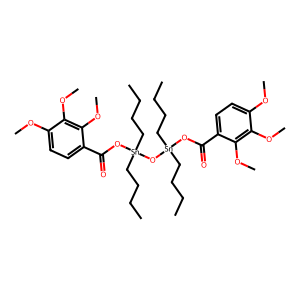
SMILES: CCCC[Sn](CCCC)(OC(=O)c1ccc(OC)c(OC)c1OC)O[Sn](CCCC)(CCCC)OC(=O)c1ccc(OC)c(OC)c1OC
Inhibits HIV replication: No